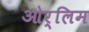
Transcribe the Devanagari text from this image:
ओर्लिम